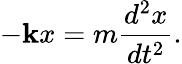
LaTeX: -\mathbf{k}x=m{\frac{{d^{2}x}}{{dt^{2}}}}.